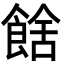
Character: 𩜉